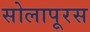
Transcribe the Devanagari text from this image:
सोलापूरस